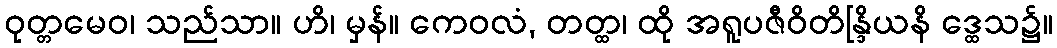
ဝုတ္တမေဝ၊ သည်သာ။ ဟိ၊ မှန်။ ကေဝလံ, တတ္ထ၊ ထို အရူပဇီဝိတိန္ဒြိယနိ ဒ္ထေသ၌။